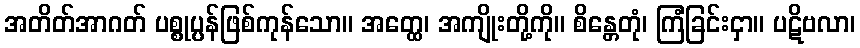
အတိတ်အာဂတ် ပစ္စုပ္ပန်ဖြစ်ကုန်သော။ အတ္ထေ၊ အကျိုးတို့ကို။ စိန္တေတုံ၊ ကြံခြင်းငှာ။ ပဋိဗလာ၊